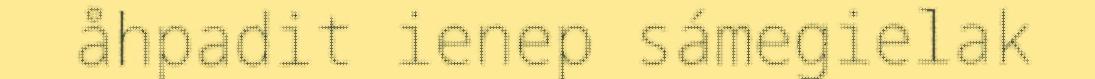
åhpadit ienep sámegielak